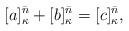
LaTeX: \begin{align*}[a]_{\kappa}^{\bar{n}}+[b]_{\kappa}^{\bar{n}}=[c]_{\kappa}^{\bar{n}},\end{align*}